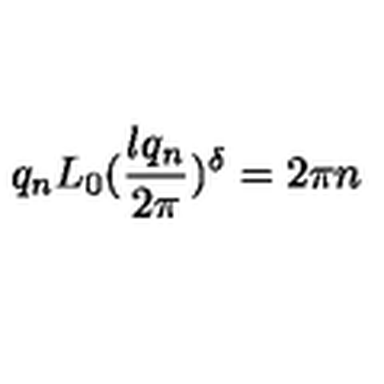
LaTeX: q _ { n } L _ { 0 } ( \frac { l q _ { n } } { 2 \pi } ) ^ { \delta } = 2 \pi n